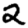
Digit: 2